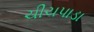
ચીચપાડા